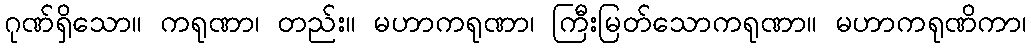
ဂုဏ်ရှိသော။ ကရုဏာ၊ တည်း။ မဟာကရုဏာ၊ ကြီးမြတ်သောကရုဏာ။ မဟာကရုဏိကာ၊